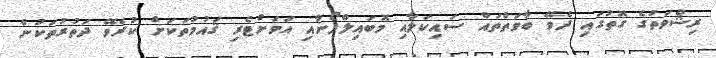
ރިޝްވަތުގެ ގޮތުގައި ދެވޭ ބާވަތްތައް ސައިކަލާއި މޮބައިލްފޯނާއި އަވަށްޓެރި ޤައުމުތަކަށް ކުރެވޭ ދަތުރުތަކުން